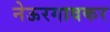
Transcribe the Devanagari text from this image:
नेऊरगावकर